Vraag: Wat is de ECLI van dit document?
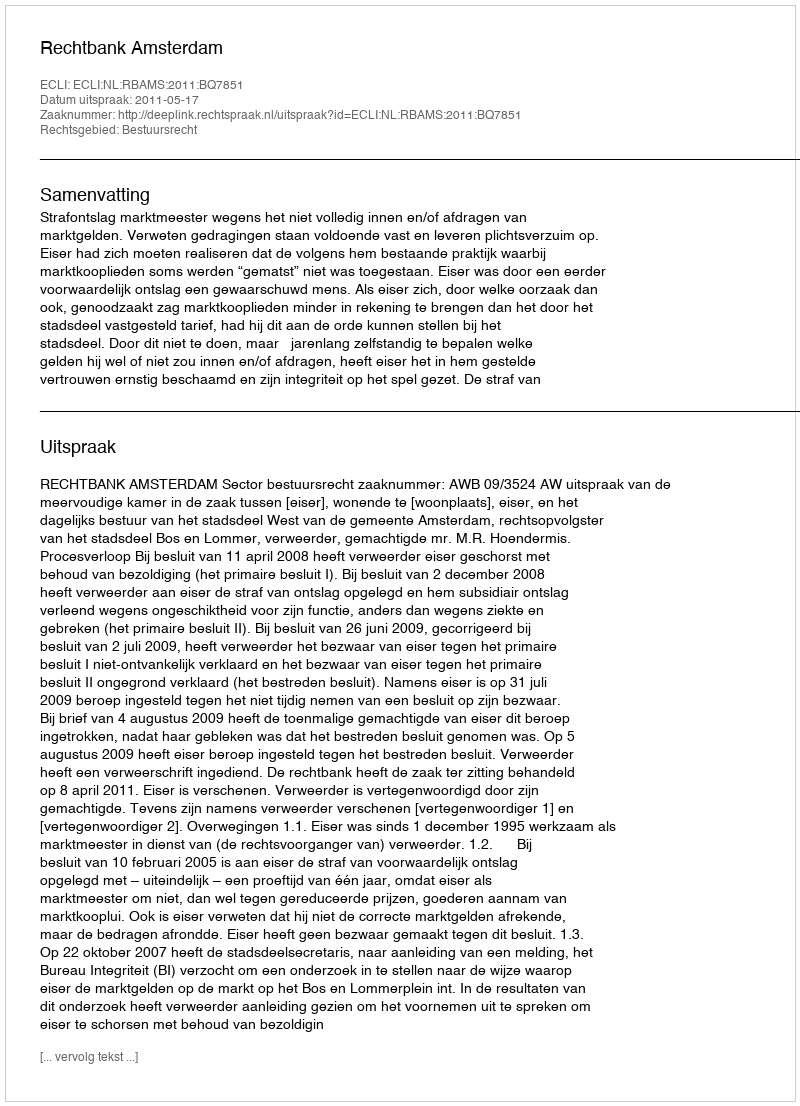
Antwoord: ECLI:NL:RBAMS:2011:BQ7851